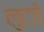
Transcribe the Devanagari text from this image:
लुटते